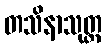
တသိနာသုတ္တ